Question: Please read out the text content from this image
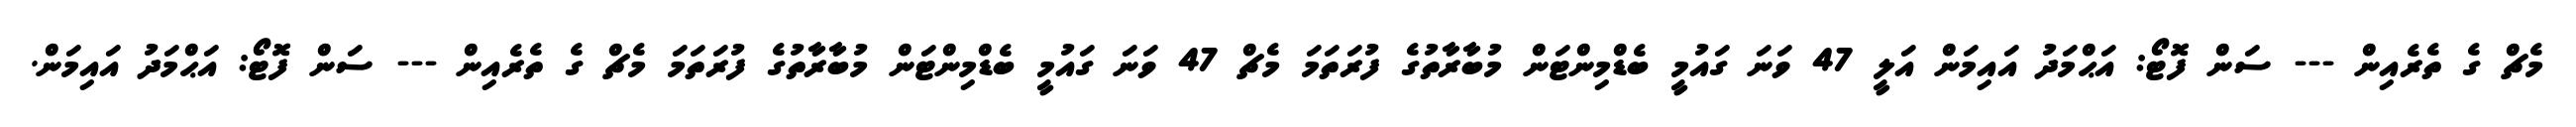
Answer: މެޗް ގެ ތެރެއިން --- ސަން ފޮޓޯ: އަޙްމަދު އައިމަން އަލީ 47 ވަނަ ގައުމީ ބެޑްމިންޓަން މުބާރާތުގެ ފުރަތަމަ މެޗް 47 ވަނަ ގައުމީ ބެޑްމިންޓަން މުބާރާތުގެ ފުރަތަމަ މެޗް ގެ ތެރެއިން --- ސަން ފޮޓޯ: އަޙްމަދު އައިމަން.